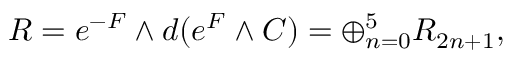
R = e ^ { - { \cal { F } } } \wedge d ( e ^ { \cal { F } } \wedge C ) = \oplus _ { n = 0 } ^ { 5 } R _ { 2 n + 1 } , \qquad